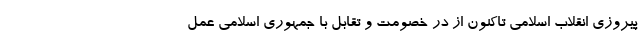
پیروزی انقلاب اسلامی تاکنون از در خصومت و تقابل با جمهوری اسلامی عمل